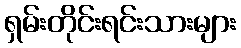
ရှမ်းတိုင်းရင်းသားများ